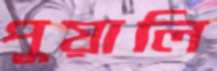
পুয়ালি